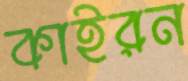
কাইরন